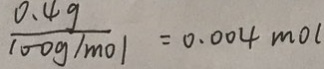
\frac { 0 . 4 g } { 1 0 0 g / m o l } = 0 . 0 0 4 m o l